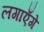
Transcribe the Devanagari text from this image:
लगाएँगे